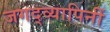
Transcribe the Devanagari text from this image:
जगद्व्यापिनीं